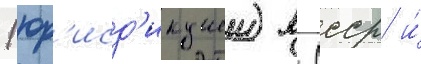
(юр'исд'икциеи) в ссср и́